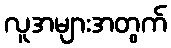
လူအများအတွက်